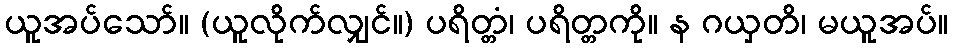
ယူအပ်သော်။ (ယူလိုက်လျှင်။) ပရိတ္တံ၊ ပရိတ္တကို။ န ဂယှတိ၊ မယူအပ်။